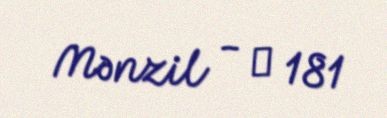
Mənzil - № 181